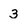
Character: 3